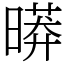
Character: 㬒